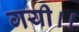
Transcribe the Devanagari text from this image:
गयी।।